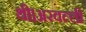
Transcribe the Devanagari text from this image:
थी।अरवल्ली